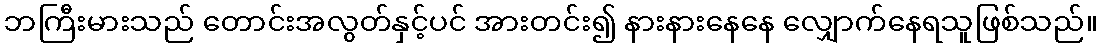
ဘကြီးမားသည် တောင်းအလွတ်နှင့်ပင် အားတင်း၍ နားနားနေနေ လျှောက်နေရသူဖြစ်သည်။